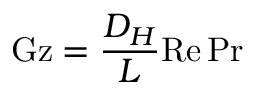
\mathrm { G z } = { \frac { D _ { H } } { L } } \mathrm { R e } \, \mathrm { P r }